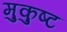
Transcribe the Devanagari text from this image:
मुकुष्ट